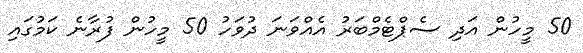
50 މީހުން އަދި ސެޕްޓެމްބަރު އެއްވަނަ ދުވަހު 50 މީހުން ފުރާނެ ކަމުގައި